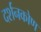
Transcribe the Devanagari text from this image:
दर्शनकोण